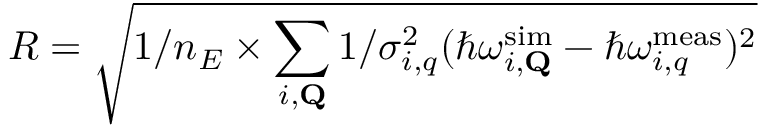
R = \sqrt { 1 / n _ { E } \times \sum _ { i , \mathbf { Q } } 1 / \sigma _ { i , q } ^ { 2 } ( \hslash \omega _ { i , \mathbf { Q } } ^ { \mathrm { s i m } } - \hslash \omega _ { i , q } ^ { \mathrm { m e a s } } ) ^ { 2 } }